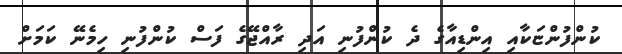
ކުންފުންޏަކާއި އިންޑިއާގެ ދެ ކުންފުނި އަދި ރާއްޖޭގެ ފަސް ކުންފުނި ހިމެނޭ ކަމަށް